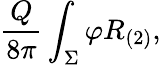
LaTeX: \frac{Q}{8\pi}\int_{\Sigma}\varphi R_{(2)},